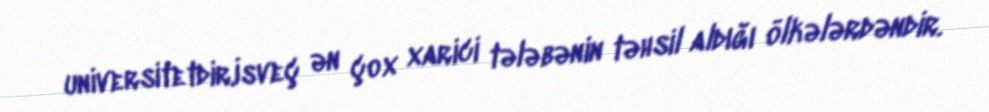
universitetdir.İsveç ən çox xarici tələbənin təhsil aldığı ölkələrdəndir.